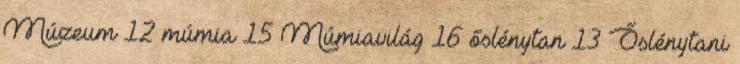
Múzeum 12 múmia 15 Múmiavilág 16 őslénytan 13 Őslénytani